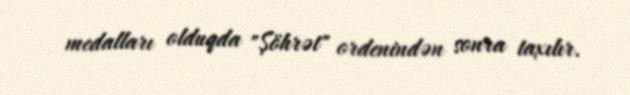
medalları olduqda "Şöhrət" ordenindən sonra taxılır.